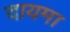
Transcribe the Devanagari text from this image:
दायमा